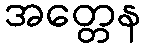
အတ္တေန